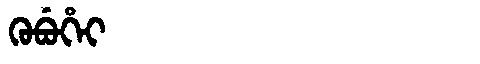
Manchu: ᡴᡠᠪᡠᡥᡝᡳ
Romanization: KUBUHEI